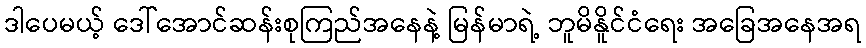
ဒါပေမယ့် ဒေါ်အောင်ဆန်းစုကြည်အနေနဲ့ မြန်မာရဲ့ ဘူမိနိူင်ငံရေး အခြေအနေအရ